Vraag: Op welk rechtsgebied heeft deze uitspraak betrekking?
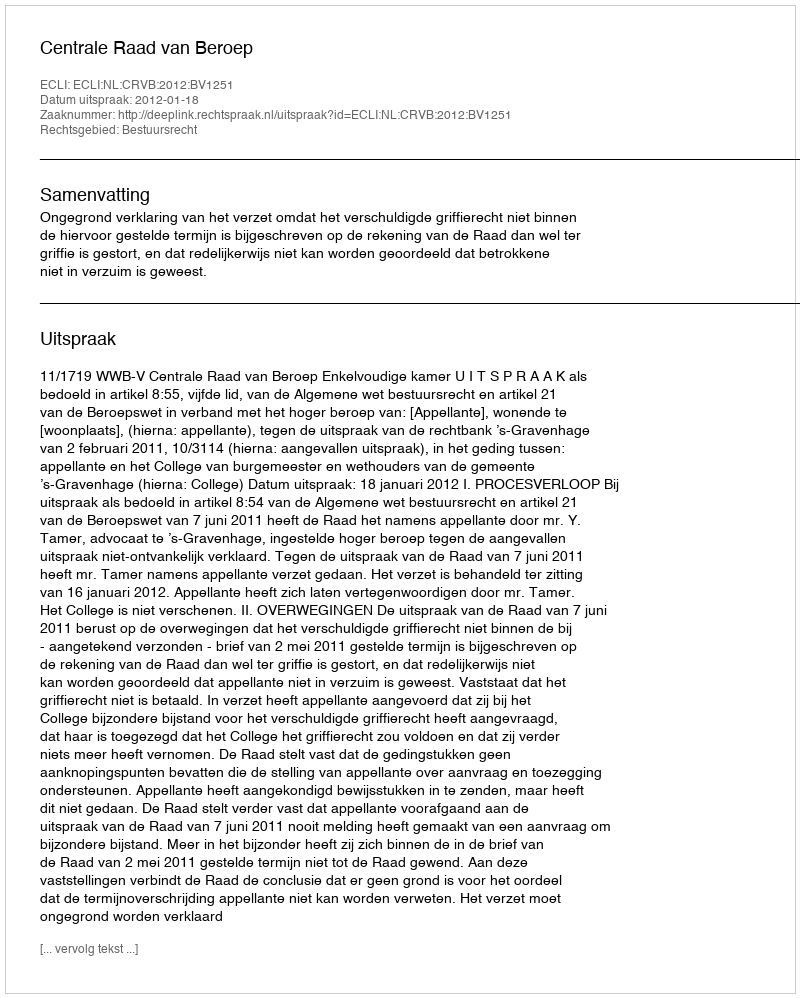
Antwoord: Bestuursrecht